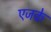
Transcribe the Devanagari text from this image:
एजके